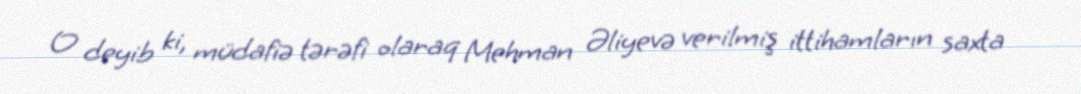
O deyib ki, müdafiə tərəfi olaraq Mehman Əliyevə verilmiş ittihamların saxta